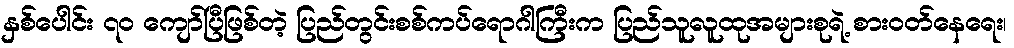
နှစ်ပေါင်း ၇၀ ကျော်ပြီဖြစ်တဲ့ ပြည်တွင်းစစ်ကပ်ရောဂါကြီးက ပြည်သူလူထုအများစုရဲ့ စားဝတ်နေရေး၊